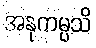
အနုကမ္ပသိ